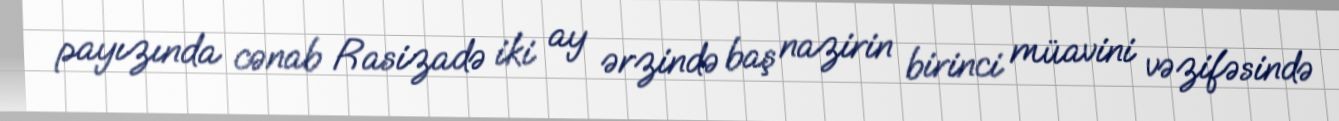
payızında cənab Rasizadə iki ay ərzində baş nazirin birinci müavini vəzifəsində